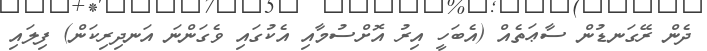
ދެން ރޭގަނޑުން ސާޢަތެއް (އެބަހީ އިރު އޮށްސުމާއި އެކުގައި ވެގަންނަ އަނދިރިކަން) ފިލައި